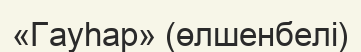
«Гауһар» (өлшенбелі)